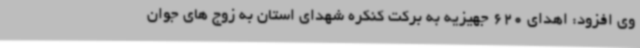
وی افزود: اهدای 620 جهیزیه به برکت کنکره شهدای استان به زوج های جوان